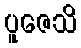
ပူဇေသိ